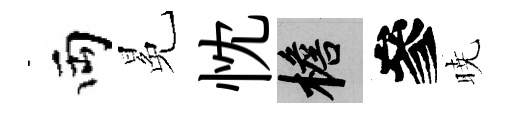
両冕忱檐參暁